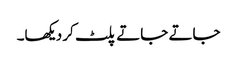
جاتے جاتے پلٹ کر دیکھا۔